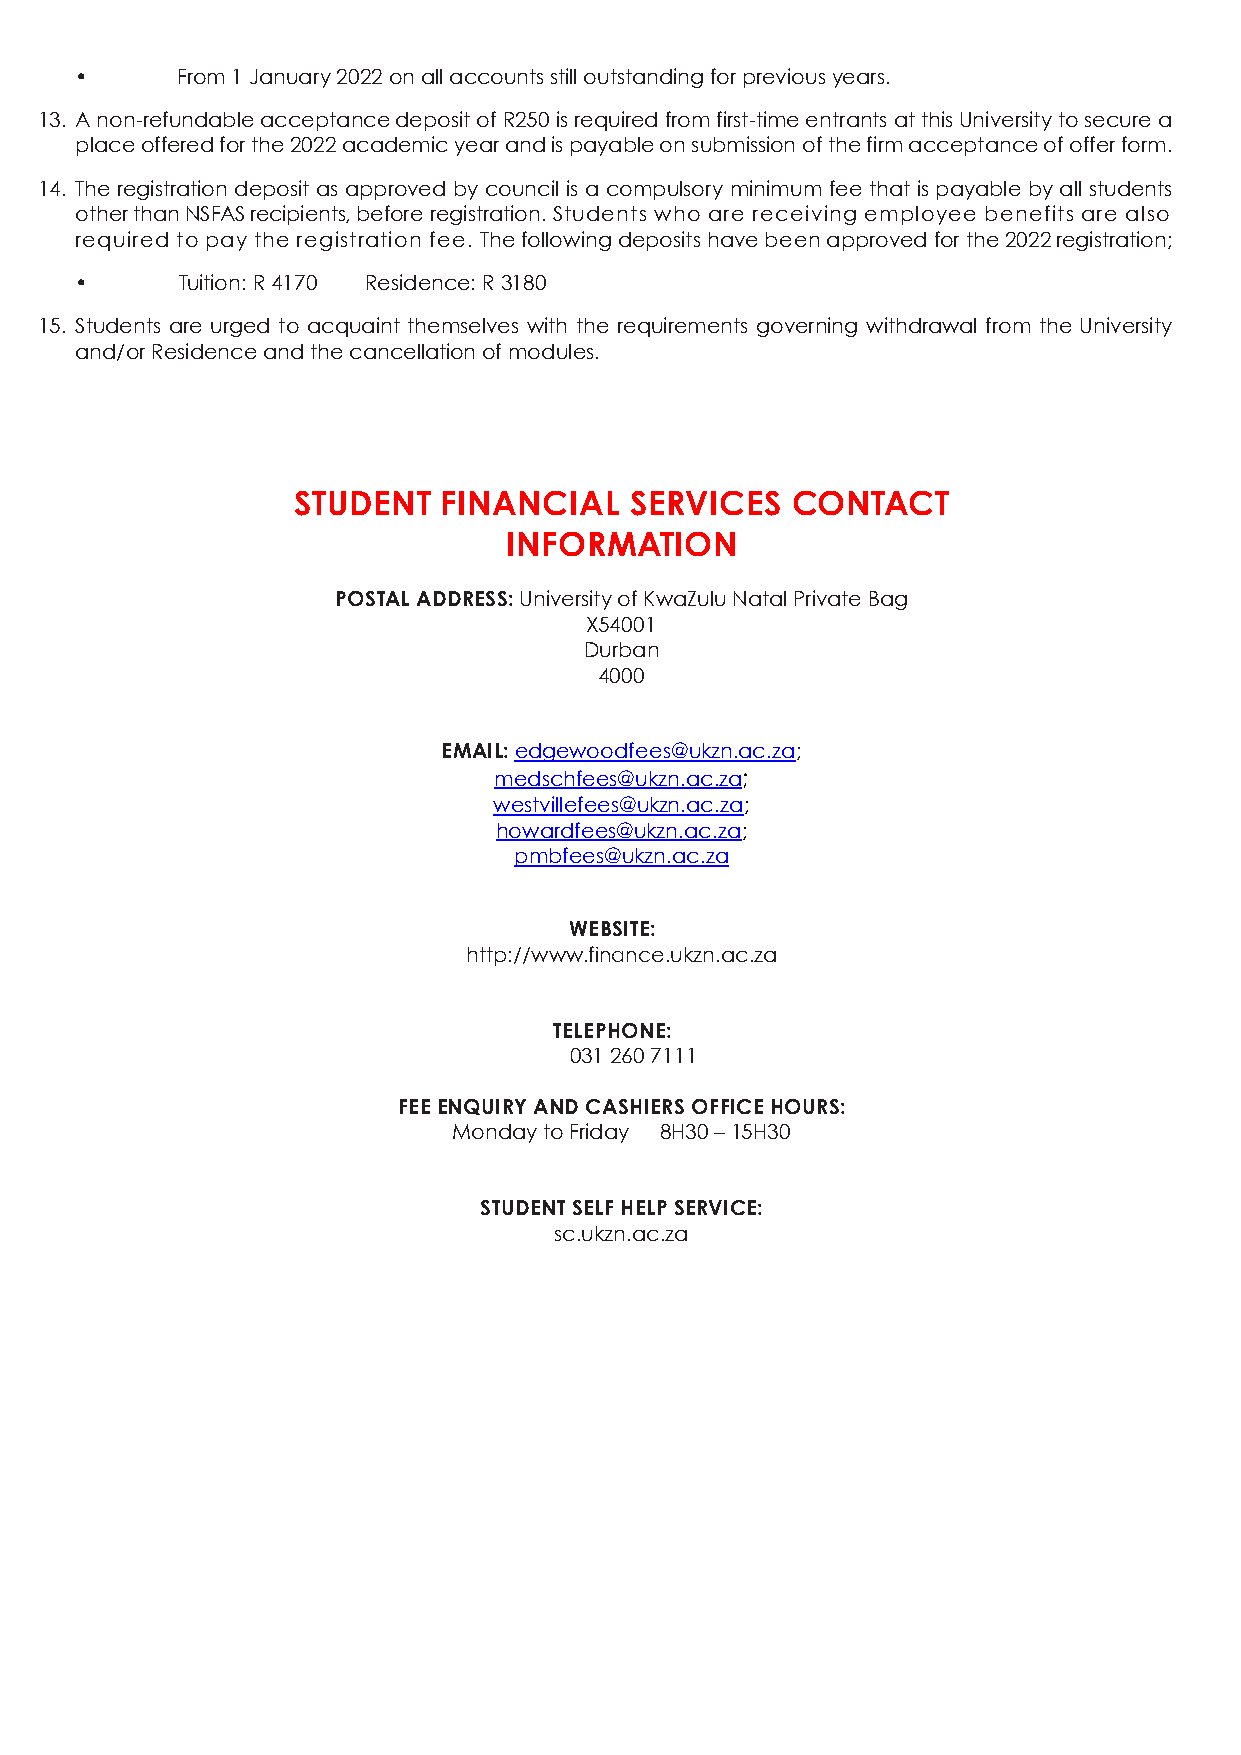
•      From 1 January 2022 on all accounts still outstanding for previous years.
 13. A non-refundable acceptance deposit of R250 is required from first-time entrants at this University to secure a
 place offered for the 2022 academic year and is payable on submission of the firm acceptance of offer form.
 14. The registration deposit as approved by council is a compulsory minimum fee that is payable by all students
 other than NSFAS recipients, before registration. Students who are receiving employee benefits are also
 required to pay the registration fee. The following deposits have been approved for the 2022 registration;
 •      Tuition: R 4170 Residence: R 3180
 15. Students are urged to acquaint themselves with the requirements governing withdrawal from the University
 and/or Residence and the cancellation of modules.
 STUDENT   FINANCIAL    SERVICES  CONTACT
 INFORMATION
 POSTAL ADDRESS: University of KwaZulu Natal Private Bag
 X54001
 Durban
 4000
 EMAIL: edgewoodfees@ukzn.ac.za;
 medschfees@ukzn.ac.za;
 westvillefees@ukzn.ac.za;
 howardfees@ukzn.ac.za;
 pmbfees@ukzn.ac.za
 WEBSITE:
 http://www.finance.ukzn.ac.za
 TELEPHONE:
 031 260 7111
 FEE ENQUIRY AND CASHIERS OFFICE HOURS:
 Monday to Friday 8H30 – 15H30
 4  STUDENT SELF HELP SERVICE:
 sc.ukzn.ac.za